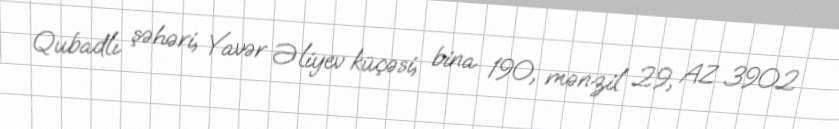
Qubadlı şəhəri, Yavər Əliyev küçəsi, bina 190, mənzil 29, AZ 3902